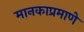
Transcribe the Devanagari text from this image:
मानकाप्रमाणे